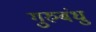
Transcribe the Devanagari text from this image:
गुरुबंधु